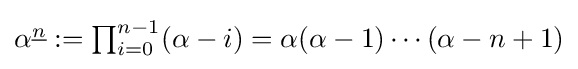
{\textstyle \alpha ^{\underline {n}}:=\prod _{i=0}^{n-1}(\alpha -i)=\alpha (\alpha -1)\cdots (\alpha -n+1)}